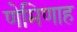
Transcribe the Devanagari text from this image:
णेमिणाह